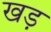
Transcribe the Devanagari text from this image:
खड़